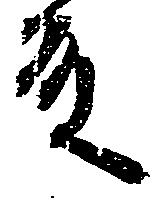
殿